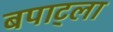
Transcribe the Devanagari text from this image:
बपाट्ला